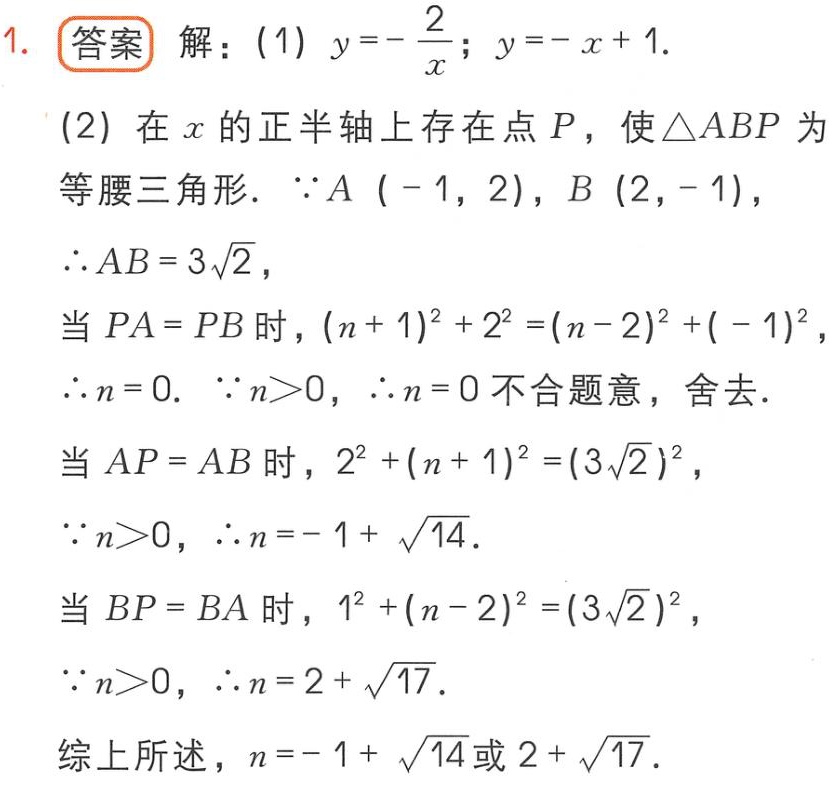
1. 答案 解：(1) \(y = -\frac{2}{x}\); \(y=-x + 1\).

(2) 在 \(x\) 的正半轴上存在点 \(P\)，使 \(\triangle ABP\) 为等腰三角形. \(\because A(-1,2)\)，\(B(2,-1)\)，

\(\therefore AB = 3\sqrt{2}\)，

当 \(PA = PB\) 时，\((n + 1)^2+2^2=(n - 2)^2+(-1)^2\)，

\(\therefore n = 0\). \(\because n>0\)，\(\therefore n = 0\) 不合题意，舍去.

当 \(AP = AB\) 时，\(2^2+(n + 1)^2=(3\sqrt{2})^2\)，

\(\because n>0\)，\(\therefore n=-1+\sqrt{14}\).

当 \(BP = BA\) 时，\(1^2+(n - 2)^2=(3\sqrt{2})^2\)，

\(\because n>0\)，\(\therefore n = 2+\sqrt{17}\).

综上所述，\(n=-1+\sqrt{14}\) 或 \(2+\sqrt{17}\).